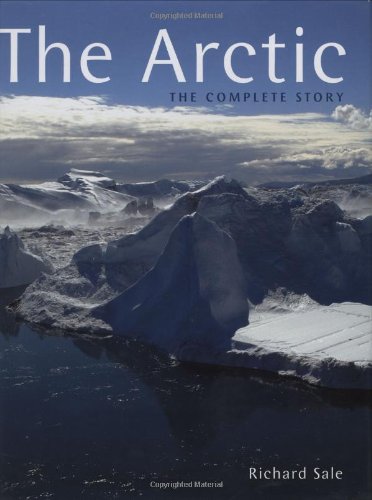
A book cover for The Arctic: The Complete Story; Travel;